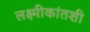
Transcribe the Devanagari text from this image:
लक्ष्मीकांतशी